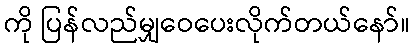
ကို ပြန်လည်မျှဝေပေးလိုက်တယ်နော်။